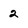
Character: 2